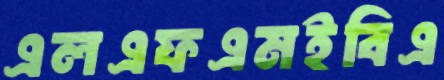
এলএফএমইবিএ